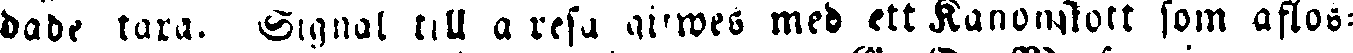
dade taxa. Signal till å resa gifwes med ett Kanonskott som aflos-